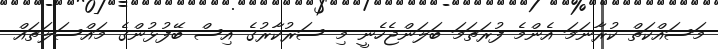
މަސައްކަތް ކުރާނަމަ އެންމެ ފުރަތަމަ ބަލަންޖެހެނީ މި ސަރުކާރުގެ އިސް ބޭފުޅުންގެ މައްސަލަތައް